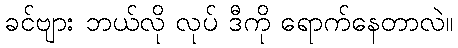
ခင်ဗျား ဘယ်လို လုပ် ဒီကို ရောက်နေတာလဲ။